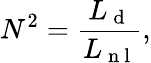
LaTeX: N^{2}=\frac{L_{\mathrm{~d~}}}{L_{\mathrm{~n~l~}}},